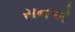
સનએ